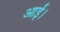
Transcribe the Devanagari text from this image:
आर्ई।